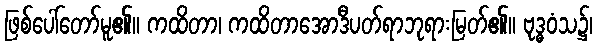
ဖြစ်ပေါ်တော်မူ၏။ ကထိတာ၊ ကထိတာအောဒီပတ်ရာဘုရားမြတ်၏။ ဗုဒ္ဓဝံသ၌၊